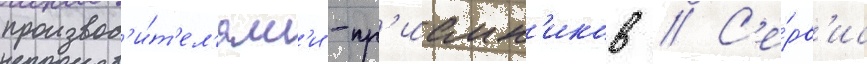
производ'и́т'ел'ям'и -пр'иемн'иков // С'е́рв'ис